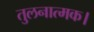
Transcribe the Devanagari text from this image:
तुलनात्मक।